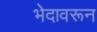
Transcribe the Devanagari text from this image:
भेदावरून